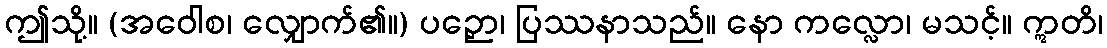
ဤသို့။ (အဝေါစ၊ လျှောက်၏။) ပဉှော၊ ပြဿနာသည်။ နော ကလ္လော၊ မသင့်။ ဣတိ၊